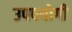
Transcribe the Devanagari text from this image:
उपपयोगी